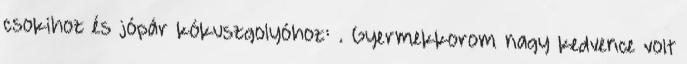
csokihoz és jópár kókuszgolyóhoz: . Gyermekkorom nagy kedvence volt